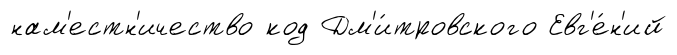
нам'естн'ичество код Дм'и́тровского Евг'е́н'ий